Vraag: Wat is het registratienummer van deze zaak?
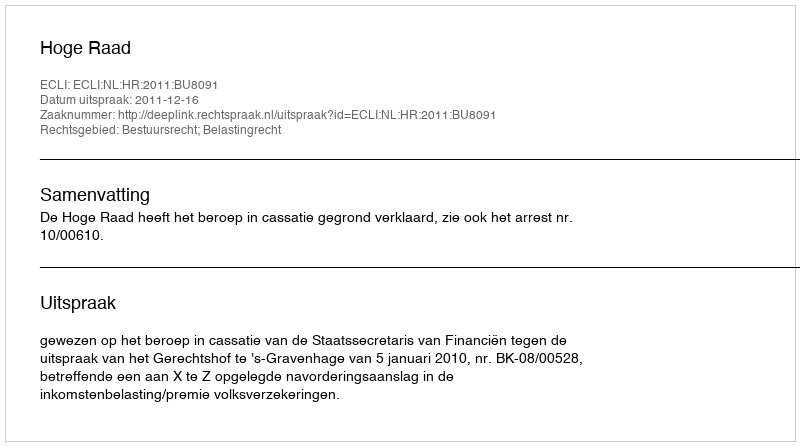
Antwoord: http://deeplink.rechtspraak.nl/uitspraak?id=ECLI:NL:HR:2011:BU8091